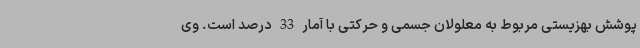
پوشش بهزیستی مربوط به معلولان جسمی و حرکتی با آمار 33 درصد است. وی